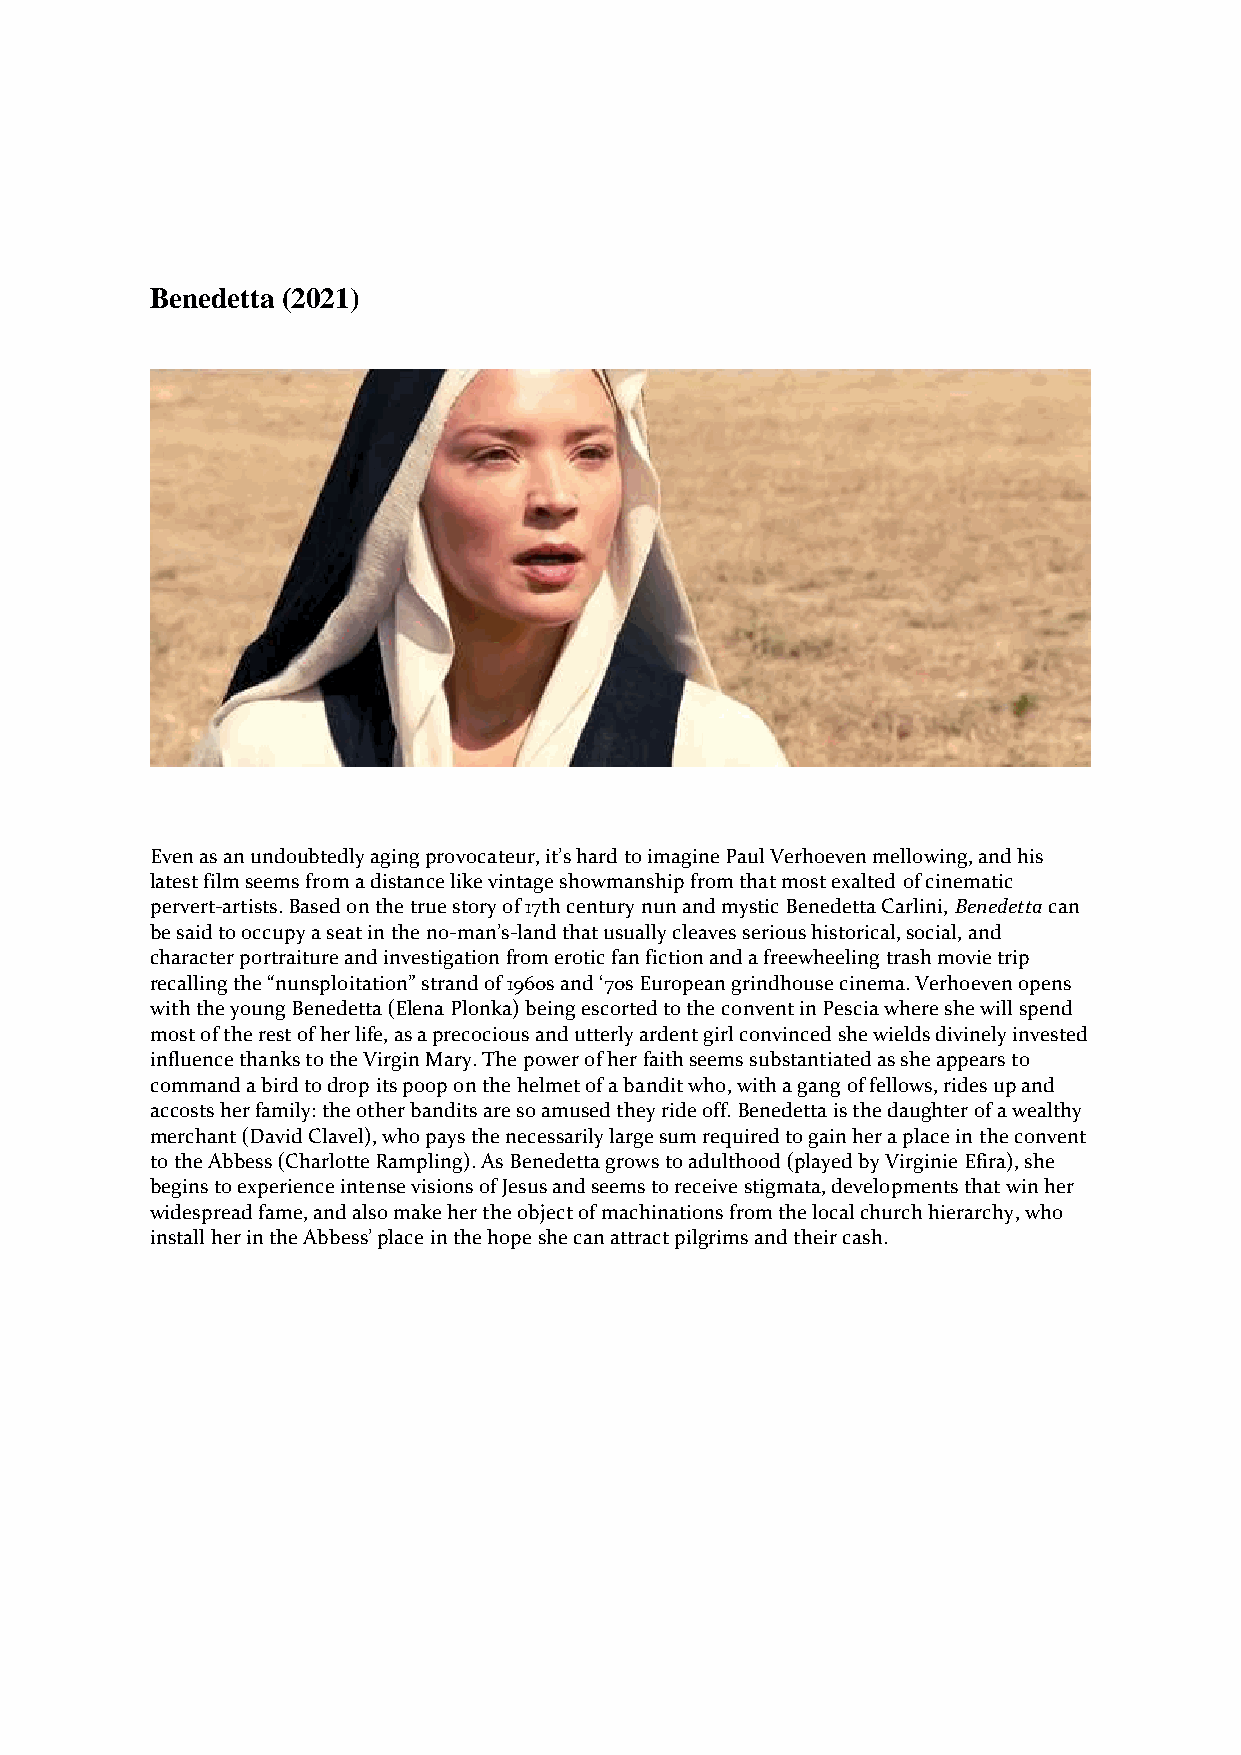
Benedetta (2021)
 Even as an undoubtedly aging provocateur, it’s hard to imagine Paul Verhoeven mellowing, and his
 latest film seems from a distance like vintage showmanship from that most exalted of cinematic
 pervert-artists. Based on the true story of 17th century nun and mystic Benedetta Carlini, Benedetta can
 be said to occupy a seat in the no-man’s-land that usually cleaves serious historical, social, and
 character portraiture and investigation from erotic fan fiction and a freewheeling trash movie trip
 recalling the “nunsploitation” strand of 1960s and ‘70s European grindhouse cinema. Verhoeven opens
 with the young Benedetta (Elena Plonka) being escorted to the convent in Pescia where she will spend
 most of the rest of her life, as a precocious and utterly ardent girl convinced she wields divinely invested
 influence thanks to the Virgin Mary. The power of her faith seems substantiated as she appears to
 command a bird to drop its poop on the helmet of a bandit who, with a gang of fellows, rides up and
 accosts her family: the other bandits are so amused they ride off. Benedetta is the daughter of a wealthy
 merchant (David Clavel), who pays the necessarily large sum required to gain her a place in the convent
 to the Abbess (Charlotte Rampling). As Benedetta grows to adulthood (played by Virginie Efira), she
 begins to experience intense visions of Jesus and seems to receive stigmata, developments that win her
 widespread fame, and also make her the object of machinations from the local church hierarchy, who
 install her in the Abbess’ place in the hope she can attract pilgrims and their cash.